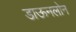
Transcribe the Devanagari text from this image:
डाऊनलोन